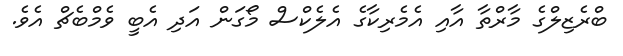
ބްރެޒިލްގެ މާރްތާ އާއި އެމެރިކާގެ އެލެކްސް މޯގަން އަދި އެބީ ވެމްބެޗް އެވެ.